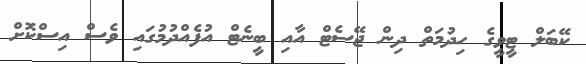
ކޭބަލް ޓީވީގެ ހިދުމަތް ދިން ޖޭސެޓް އާއި ބީނެޓް އުފެއްދުމުގައި ވެސް އިސްކޮށް